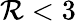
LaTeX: \mathcal{R}<3